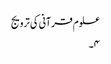
علوم قرآنی کی ترویج
۴۔